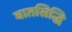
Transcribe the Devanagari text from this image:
वातसिद्धि